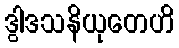
ဒွါဒသနိယုတေဟိ